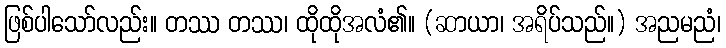
ဖြစ်ပါသော်လည်း။ တဿ တဿ၊ ထိုထိုအလံ၏။ (ဆာယာ၊ အရိပ်သည်။) အညမညံ၊